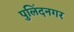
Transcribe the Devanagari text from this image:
पुलिंदनगर